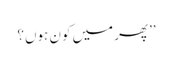
’’پھر میں کون ہوں؟